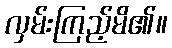
လှမ်းကြည့်မိ၏။